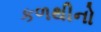
કળથીનો